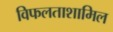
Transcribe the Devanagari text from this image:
विफलताशामिल